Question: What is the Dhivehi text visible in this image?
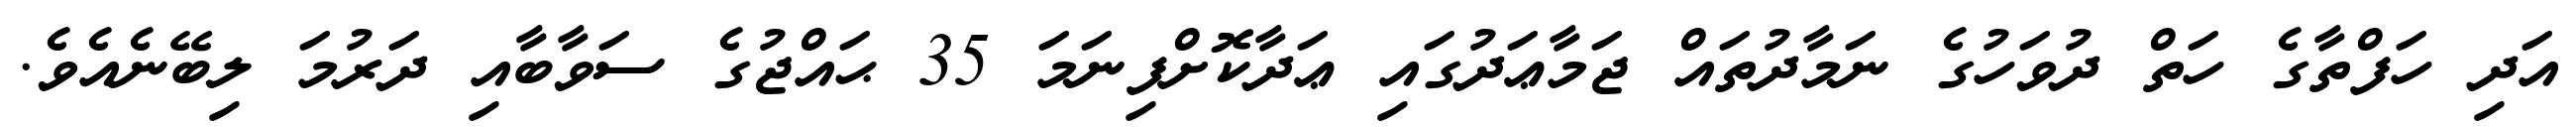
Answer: އަދި ހަފްތާގެ ހަތް ދުވަހުގެ ނަމާދުތައް ޖަމާޢަދުގައި ޢަދާކޮށްފިނަމަ 35 ޙައްޖުގެ ސަވާބާއި ދަރުމަ ލިބޭނެއެވެ.